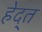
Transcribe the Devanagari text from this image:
हेद्त